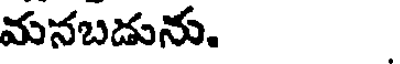
మనబడును.